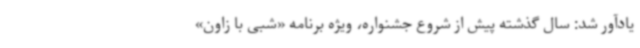
یادآور شد: سال گذشته پیش از شروع جشنواره، ویژه برنامه «شبی با زاون»